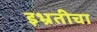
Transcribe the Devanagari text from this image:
इभ्रतीचा